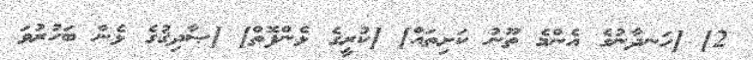
2] [ހަނދާނުގެ އެންމެ ތޫނު ކަށިތައް] [ކުރީގެ ޅެންފޮތް] [ޞާދިޤުގެ ޅެން ބަހުރުވަ